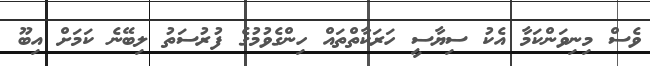
ވެސް މިނިވަންކަމާ އެކު ސިޔާސީ ހަރަކާތްތައް ހިންގެވުމުގެ ފުރުސަތު ލިބޭނެ ކަމަށް އިބޫ